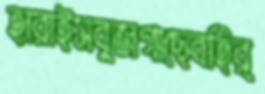
হারাইসবুজগাছেবহির্